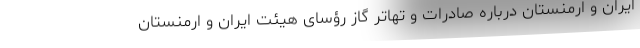
ایران و ارمنستان درباره صادرات و تهاتر گاز رؤسای هیئت ایران و ارمنستان